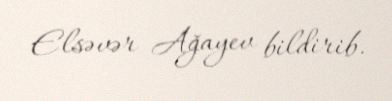
Elsəvər Ağayev bildirib.